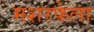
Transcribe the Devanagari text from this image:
मशरफेला